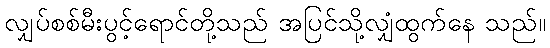
လျှပ်စစ်မီးပွင့်ရောင်တို့သည် အပြင်သို့လျှံထွက်နေ သည်။